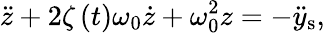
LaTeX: \ddot{z}+2\zeta\left(t\right)\omega_{0}\dot{z}+\omega_{0}^{2}z=-\ddot{y}_{\mathrm{s}},